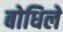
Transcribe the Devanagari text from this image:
बोधिलें